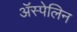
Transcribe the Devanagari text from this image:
ॲस्पेलिन